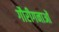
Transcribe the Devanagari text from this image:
गौरीगनाओं